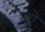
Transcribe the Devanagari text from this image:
जो़